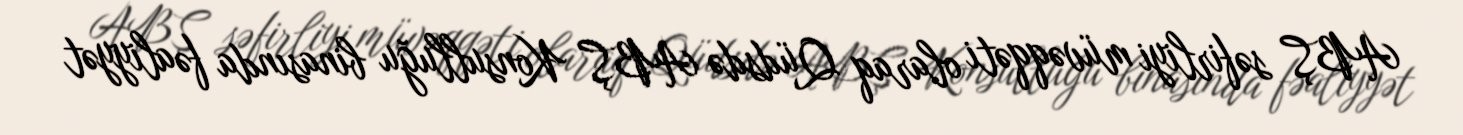
ABŞ səfirliyi müvəqqəti olaraq Qüdsdə ABŞ Konsulluğu binasında fəaliyyət